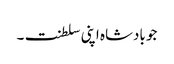
جو بادشاہ اپنی سلطنت۔